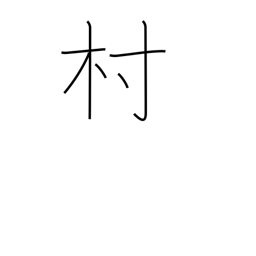
Meaning: town